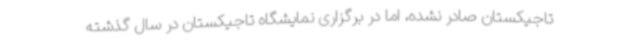
تاجیکستان صادر نشده، اما در برگزاری نمایشگاه تاجیکستان در سال گذشته